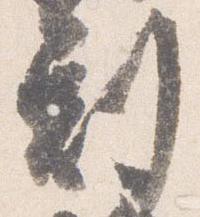
剋